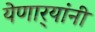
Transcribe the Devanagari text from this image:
येणार्‍यांनी